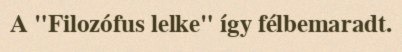
A "Filozófus lelke" így félbemaradt.